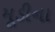
મૂડીના